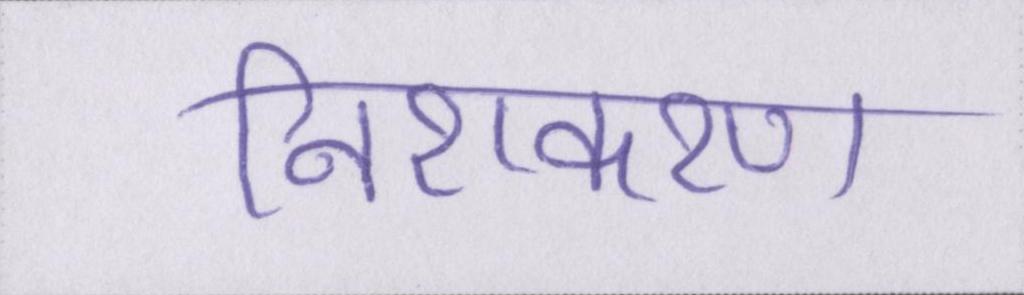
निराकरण